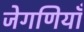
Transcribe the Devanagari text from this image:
जेगणियाँ